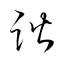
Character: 諧